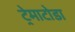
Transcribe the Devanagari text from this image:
ट्रेमाटोडा